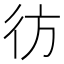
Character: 彷